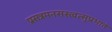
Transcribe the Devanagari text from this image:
प्रसन्नमनसस्त्वत्सुप्रभातं